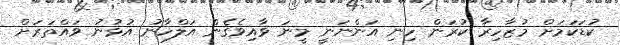
ކުޑަކަމަށް މުޒާހިރާ ކުރަން ހިނި އަންނަނީ މީނަ ވާއިވެގެން އަލްހާނު އުޅުނު ވައްތަރަށް